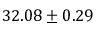
3 2 . 0 8 \pm 0 . 2 9